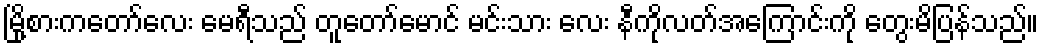
မြို့စားကတော်လေး မေရီသည် တူတော်မောင် မင်းသား လေး နီကိုလတ်အကြောင်းကို တွေးမိပြန်သည်။